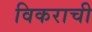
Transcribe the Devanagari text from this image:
विकराची